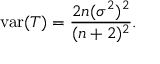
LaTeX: \operatorname { v a r } ( T ) = { \frac { 2 n ( \sigma ^ { 2 } ) ^ { 2 } } { ( n + 2 ) ^ { 2 } } } .